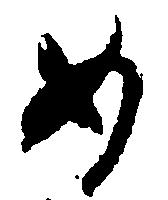
め